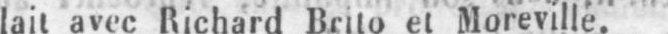
lait avec Richard Brito et Moreville.